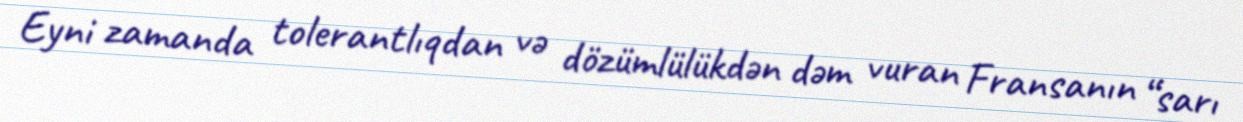
Eyni zamanda tolerantlıqdan və dözümlülükdən dəm vuran Fransanın “sarı